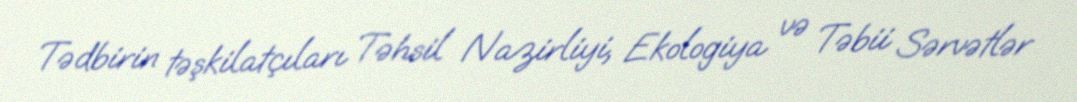
Tədbirin təşkilatçıları Təhsil Nazirliyi, Ekologiya və Təbii Sərvətlər